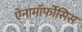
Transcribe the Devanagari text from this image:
ऐनामॉर्फोसिस